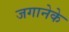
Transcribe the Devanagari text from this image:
जगानेके